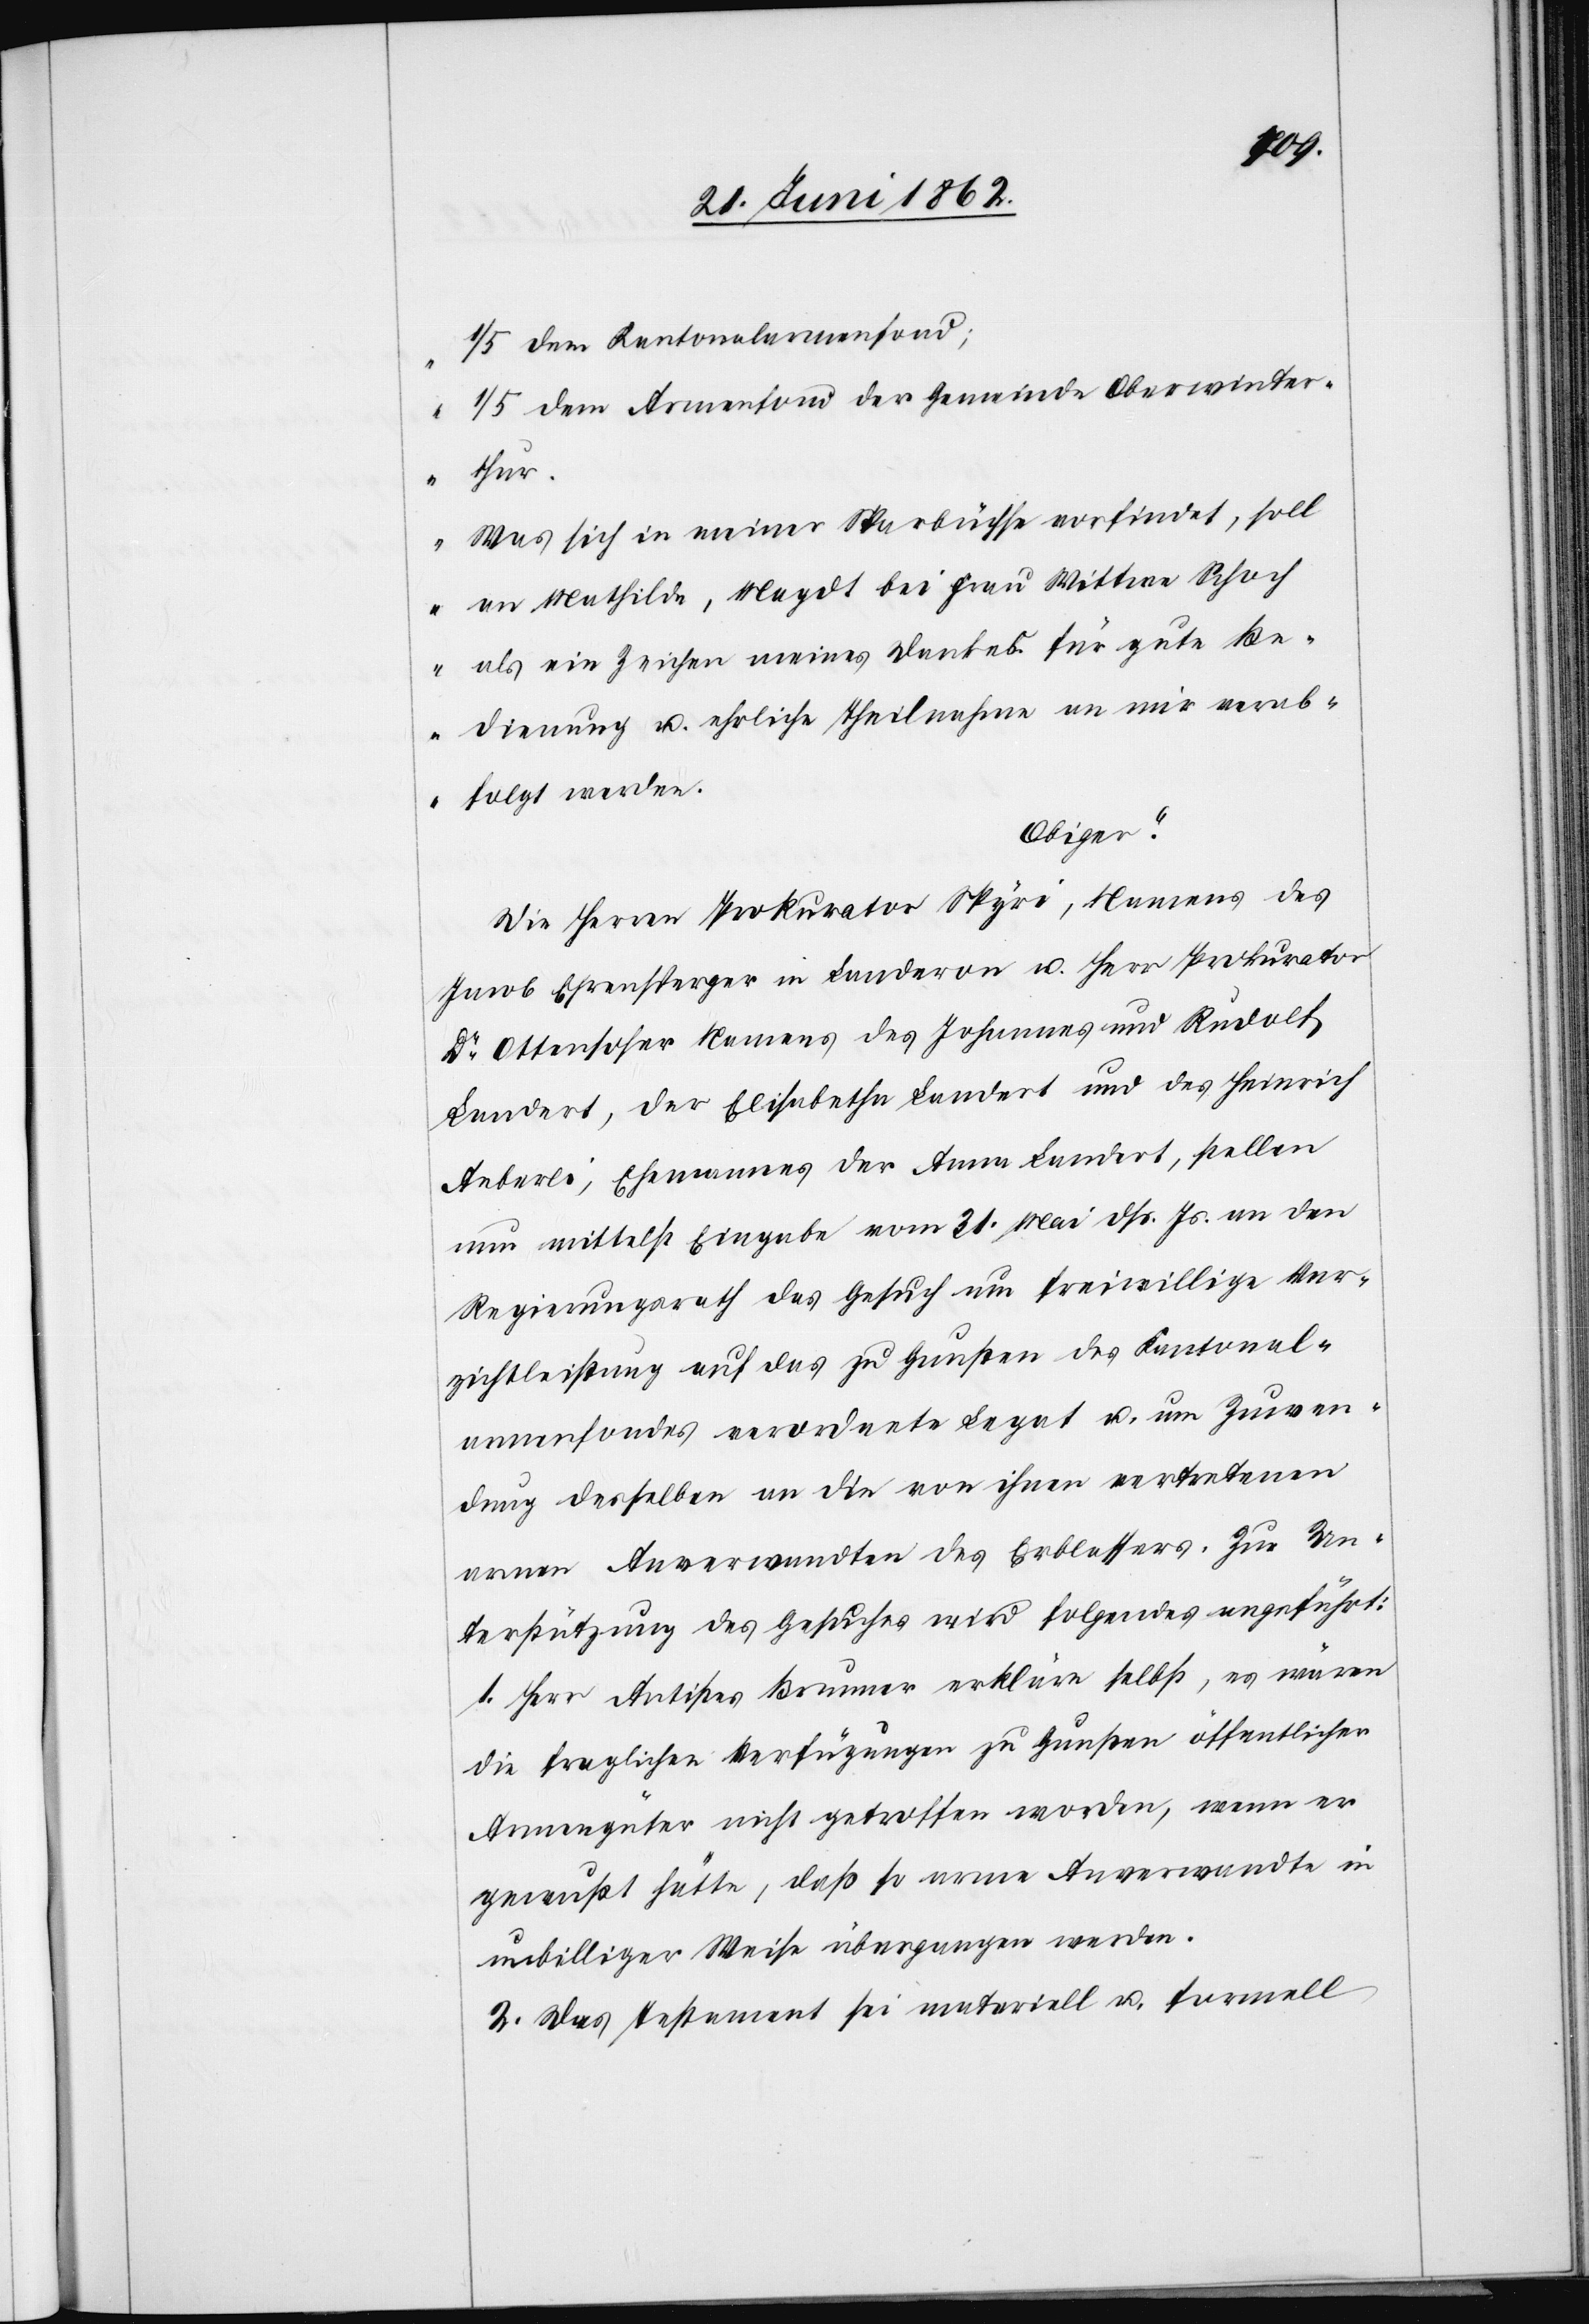
1/5 dem Kantonalarmenfond;
1/5 dem Armenfond der Gemeinde Oberwinter¬
thur.
Was sich in meiner Sparbüchse vorfindet, soll
an Mathilde, Magdt bei Frau Wittwe Schoch
als ein Zeichen meines Dankes für gute Be¬
dienung u. ehrliche Theilnahme an mir verab¬
folgt werden.
Obiger.“
Die Herren Prokurator Spyri, Namens des
Jacob Ehrensperger in Landeron u. Herr Prokurator
Dr. Ottensofer Namens des Johannes und Rudolf
Landert, der Elisabetha Landert und des Heinrich
Aeberli, Ehemannes der Anna Landert, stellen
nun mittelst Eingabe vom 31. Mai dß. Js. an den
Regierungsrath das Gesuch um freiwillige Ver¬
zichtleistung auf das zu Gunsten des Kantonal¬
armenfondes verordnete Legat u. um Zuwen¬
dung desselben an die von ihnen vertretenen
armen Anverwandten des Erblassers. Zur Un¬
terstützung des Gesuches wird folgendes angeführt:
1. Herr Antistes Brunner erkläre selbst, es wären
die fraglichen Verfügungen zu Gunsten öffentlicher
Armengüter nicht getroffen worden, wenn er
gewußt hätte, daß so arme Anverwandte in
unbilliger Weise übergangen werden.
2. Das Testament sei materiell u. formell